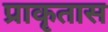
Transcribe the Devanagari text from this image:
प्राकृतास